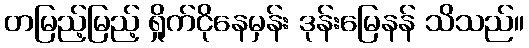
တမြည့်မြည့် ရှိုက်ငိုနေမှန်း ဒုန်းမြေနန် သိသည်။